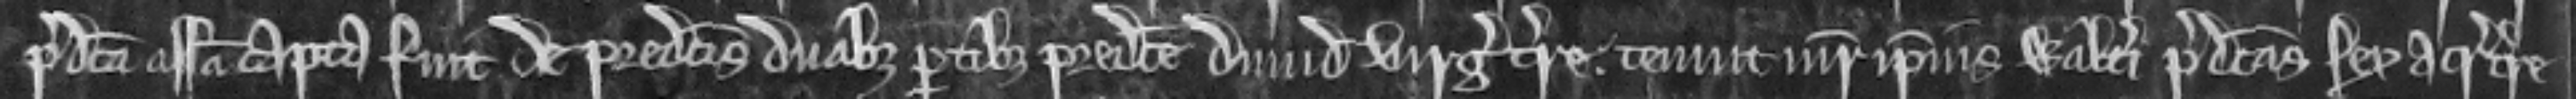
predicta assisa capta fuit de predictis duabus partibus predicte dimidie virgate terre tenuit mater ipsius Walteri predictas sex acras terre